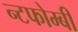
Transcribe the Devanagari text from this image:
न्टफोम्बी